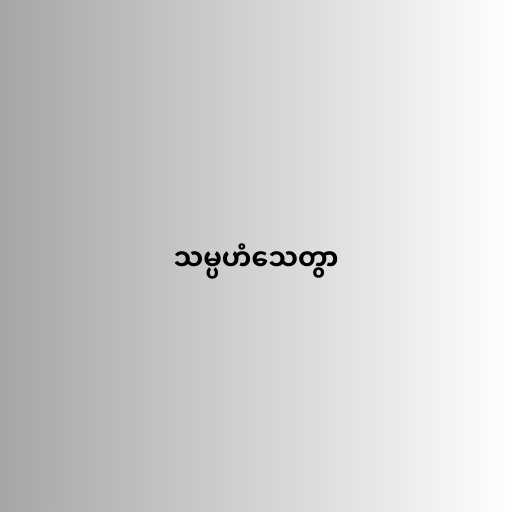
သမ္ပဟံသေတွာ